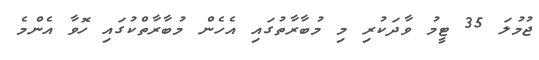
ޖުމުލަ 35 ޓީމު ވާދަކުރި މި މުބާރާތުގައި އެހެން މުބާރާތްކުގައި ހޮވާ އެންމެ